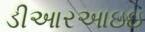
ડીઆરઆઇઇ